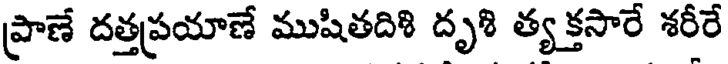
ప్రాణే దత్తప్రయాణే ముషితదిశి దృశి త్యక్తసారే శరీరే